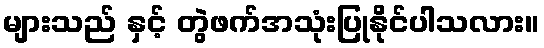
များသည် နှင့် တွဲဖက်အသုံးပြုနိုင်ပါသလား။